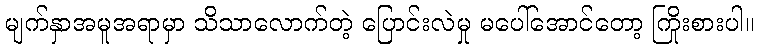
မျက်နှာအမူအရာမှာ သိသာလောက်တဲ့ ပြောင်းလဲမှု မပေါ်အောင်တော့ ကြိုးစားပါ။